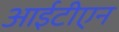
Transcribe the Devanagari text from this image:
आईटीएन